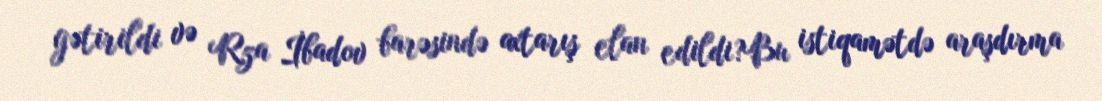
gətirildi və Rza İbadov barəsində axtarış elan edildi?Bu istiqamətdə araşdırma